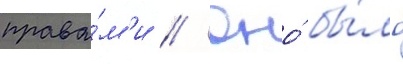
права́м'и // Оно́ бы́ло